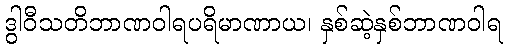
ဒွါဝီသတိဘာဏဝါရပရိမာဏာယ၊ နှစ်ဆဲ့နှစ်ဘာဏဝါရ